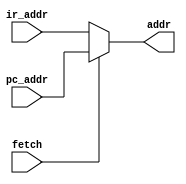
module addr_mux (
    input         fetch,
    input  [12:0] pc_addr,
    input  [12:0] ir_addr,
    output [12:0] addr
);

assign addr = fetch ? pc_addr : ir_addr ;

endmodule